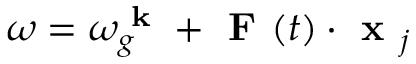
\omega = \omega _ { g } ^ { \textbf { k } } + \textbf { F } ( t ) \cdot \textbf { x } _ { j }